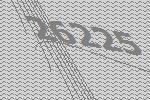
26225